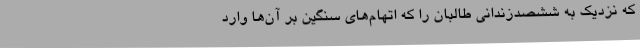
که نزدیک به ششصدزندانی طالبان را که اتهام‌های سنگین بر آن‌ها وارد